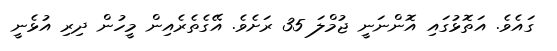
ގައެވެ. އަތޮޅުގައި އޮންނަނީ ޖުމްލަ 35 ރަށެވެ. އޭގެތެރެއިން މީހުން ދިރި އުޅެނީ